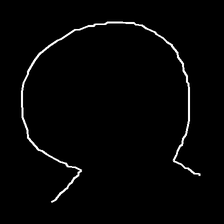
Glyph: weave